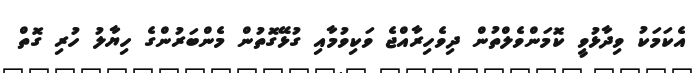
އެކަމަކު ވިދާޅުވީ ކޮމަންވެލްތުން ދިވެހިރާއްޖެ ވަކިވުމާއި ގުޅޭގޮތުން މެންބަރުންގެ ހިޔާލު ހުރި ގޮތް